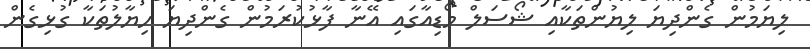
ލިޔަމުން ގެންދިޔަ ލިޔުންތަކާއި ޝޯސަލް މޯޑިއާގައި އޭނާ ފާޅުކުރަމުން ގެންދިޔަ ހިޔާލުތަކާ ގުޅިގެން